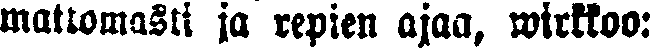
mattomasti ja repien ajaa, wirkkoo: